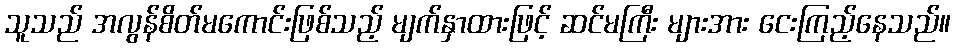
သူသည် အလွန်စိတ်မကောင်းဖြစ်သည့် မျက်နှာထားဖြင့် ဆင်မကြီး များအား ငေးကြည့်နေသည်။